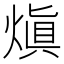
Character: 𤌭